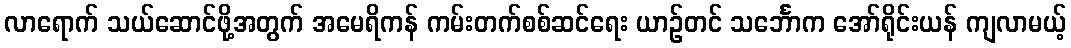
လာရောက် သယ်ဆောင်ဖို့အတွက် အမေရိကန် ကမ်းတက်စစ်ဆင်ရေး ယာဉ်တင် သင်္ဘောက အော်ရိုင်းယန် ကျလာမယ့်